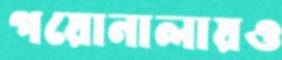
পয়োনালায়ও